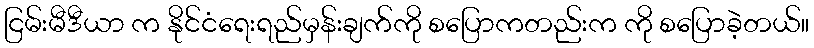
ငြမ်းမီဒီယာ က နိုင်ငံရေးရည်မှန်းချက်ကို စပြောကတည်းက ကို စပြောခဲ့တယ်။